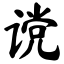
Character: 谠